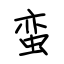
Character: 蛮